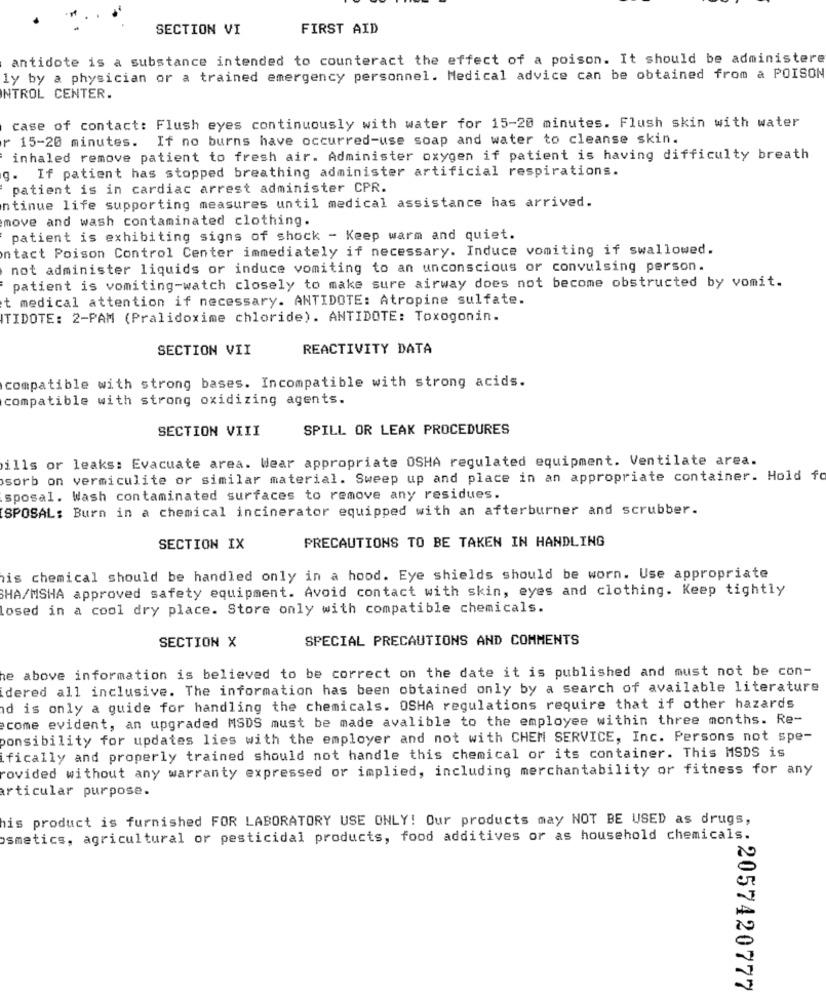
SECTION VI
FIRST AID
antidote is a substance intended to counteract the effect of a poison. It should be administer
ly by a physician or a trained emergency personnel. Medical advice can be obtained from a POISON
NTROL CENTER.
case of contact: Flush eyes continuously with water for 15-20 minutes. Flush skin with water
If no burns have occurred-use soap and water to cleanse skin.
r 15-20 minutes.
inhaled remove patient to fresh air. Administer oxygen if patient is having difficulty breath
g. If patient has stopped breathing administer artificial respirations.
patient is in cardiac arrest administer CPR.
ntinue life supporting measures until medical assistance has arrived.
move and wash contaminated clothing.
patient is exhibiting signs of shock - Keep warm and quiet.
ntact Poison Control Center immediately if necessary. Induce vomiting if swallowed.
not administer liquids or induce vomiting to an unconscious or convulsing person.
patient is vomiting-watch closely to make sure airway does not become obstructed by vomit.
t medical attention if necessary. ANTIDOTE: Atropine sulfate.
ITIDOTE: 2-PAM (Pralidoxime chloride). ANTIDOTE: Toxogonin.
SECTION VII
REACTIVITY DATA
compatible with strong bases. Incompatible with strong acids.
compatible with strong oxidizing agents.
SECTION VIII
SPILL OR LEAK PROCEDURES
ills or leaks: Evacuate area. Wear appropriate OSHA regulated equipment. Ventilate area.
sorb on vermiculite or similar material. Sweep up and place in an appropriate container. Hold fo
sposal. Wash contaminated surfaces to remove any residues.
SPOSAL: Burn in a chemical incinerator equipped with an afterburner and scrubber.
SECTION IX
PRECAUTIONS TO BE TAKEN IN HANDLING
is chemical should be handled only in a hood. Eye shields should be worn. Use appropriate
SHA/MSHA approved safety equipment. Avoid contact with skin, eyes and clothing. Keep tightly
losed in a cool dry place. Store only with compatible chemicals.
SPECIAL PRECAUTIONS AND COMMENTS
SECTION X
he above information is believed to be correct on the date it is published and must not be con-
idered all inclusive. The information has been obtained only by a search of available literature
d is only a guide for handling the chemicals. OSHA regulations require that if other hazards
come evident, an upgraded MSDS must be made avalible to the employee within three months. Re-
ponsibility for updates lies with the employer and not with CHEM SERVICE, Inc. Persons not spe-
ifically and properly trained should not handle this chemical or its container. This MSDS is
covided without any warranty expressed or implied, including merchantability or fitness for any
articular purpose.
his product is furnished FOR LABORATORY USE ONLY! Our products may NOT BE USED as drugs,
osmetics, agricultural or pesticidal products, food additives or as household chemicals.
: 2057420777